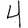
Digit: 4